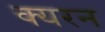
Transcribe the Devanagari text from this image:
क्यरन